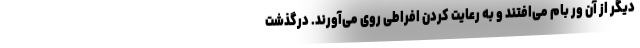
دیگر از آن ور بام می‌افتند و به رعایت کردن افراطی روی می‌آورند. درگذشت